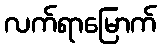
လက်ရာမြောက်